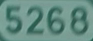
5268